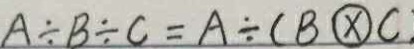
A \div B \div C = A \div ( B \textcircled { \times } C